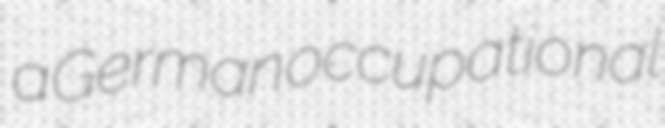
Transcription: a German occupational